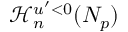
\mathcal { H } _ { n } ^ { u ^ { \prime } < 0 } ( N _ { p } )